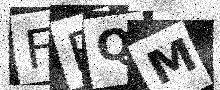
Text: FRQM